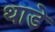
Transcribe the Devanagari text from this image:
थाडे